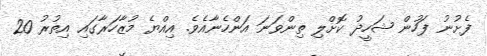
ފެށުނު ފަހުން ޝަހީދު ކޮށްލި ތިންވަނަ އަންހެނާއެވެ. އިއްޔެ މުޒާހަރާގައި އިތުރު 20